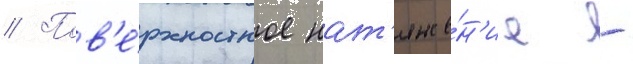
// Пов'е́рхностное нат'яже́н'ие -